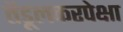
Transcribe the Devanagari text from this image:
तेंडूलकरपेक्षा